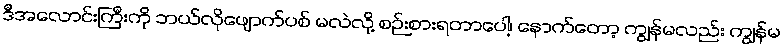
ဒီအလောင်းကြီးကို ဘယ်လိုဖျောက်ပစ် မလဲလို့ စဉ်းစားရတာပေါ့၊ နောက်တော့ ကျွန်မလည်း ကျွန်မ